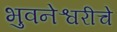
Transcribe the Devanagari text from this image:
भुवनेश्वरीचे